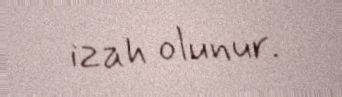
izah olunur.